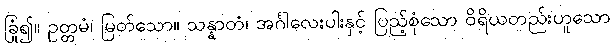
ခြုံ၍။ ဥတ္တမံ၊ မြတ်သော။ သန္နာတံ၊ အင်္ဂါလေးပါးနှင့် ပြည့်စုံသော ဝိရိယတည်းဟူသော